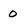
Character: 0